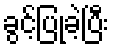
ခွင့်ပြုခဲ့ပြီး